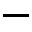
-